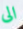
الى